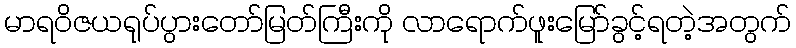
မာရဝိဇယရုပ်ပွားတော်မြတ်ကြီးကို လာရောက်ဖူးမြော်ခွင့်ရတဲ့အတွက်